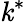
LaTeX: \mathit{k}^{*}